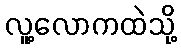
လူ့လောကထဲသို့